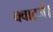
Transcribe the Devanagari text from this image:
क्वार्ट्ज।